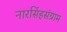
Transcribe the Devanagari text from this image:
नारसिंहसंग्राम